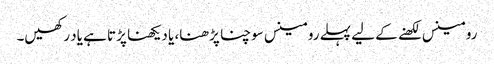
رومینس لکھنے کے لیے پہلے رومینس سوچنا پڑھنا، یا دیکھنا پڑتا ہے یاد رکھیں۔